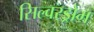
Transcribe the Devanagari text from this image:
सिल्वरड्रोम